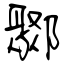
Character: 鄹